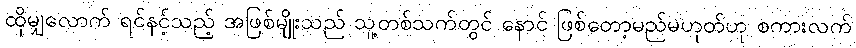
ထိုမျှလောက် ရင်နင့်သည့် အဖြစ်မျိုးသည် သူ့တစ်သက်တွင် နောင် ဖြစ်တော့မည်မဟုတ်ဟု စကားလက်